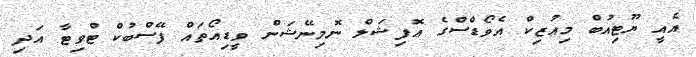
އެއީ ޔޫޓިއުބް މިއުޒިކް އެވޯޑްސްގެ އޮފިޝަލް ނޮމިނޭޝަން ވީޑިއޯތައް ފޭސްބުކް ޓްވިޓާ އަދި